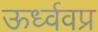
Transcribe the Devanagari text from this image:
ऊर्ध्ववप्र